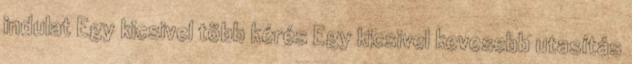
indulat Egy kicsivel több kérés Egy kicsivel kevesebb utasítás